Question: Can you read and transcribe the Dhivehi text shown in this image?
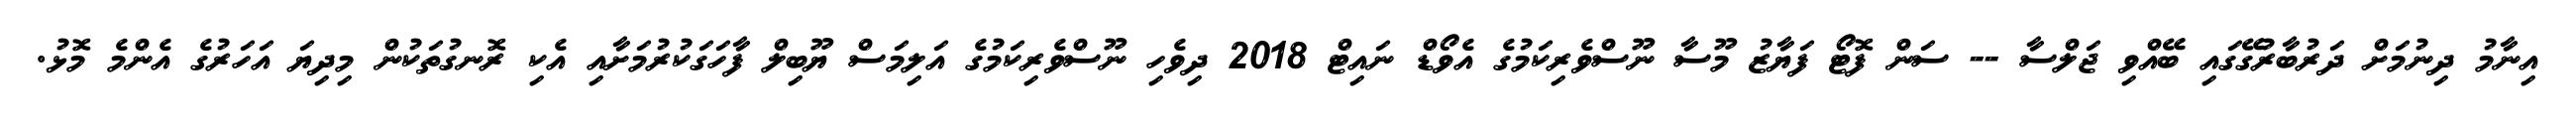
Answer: އިނާމު ދިނުމަށް ދަރުބާރުގޭގައި ބޭއްވި ޖަލްސާ -- ސަން ފޮޓޯ ފަޔާޒު މޫސާ ނޫސްވެރިކަމުގެ އެވޯޑް ނައިޓް 2018 ދިވެހި ނޫސްވެރިކަމުގެ އަލިމަސް ޔޫބިލް ފާހަގަކުރުމަށާއި އެކި ރޮނގުތަކުން މިދިޔަ އަހަރުގެ އެންމެ މޮޅު.